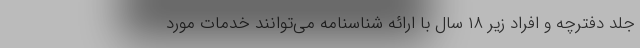
جلد دفترچه و افراد زیر ۱۸ سال با ارائه شناسنامه می‌توانند خدمات مورد